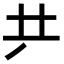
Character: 𠀗